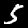
Label: 5